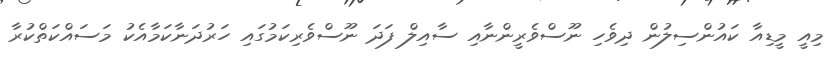
މިއީ މީޑިއާ ކައުންސިލުން ދިވެހި ނޫސްވެރީންނާއި ސާއިލް ފަދަ ނޫސްވެރިކަމުގައި ހަރުދަނާކަމާއެކު މަސައްކަތްކުރާ